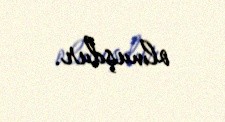
olmuşdur.